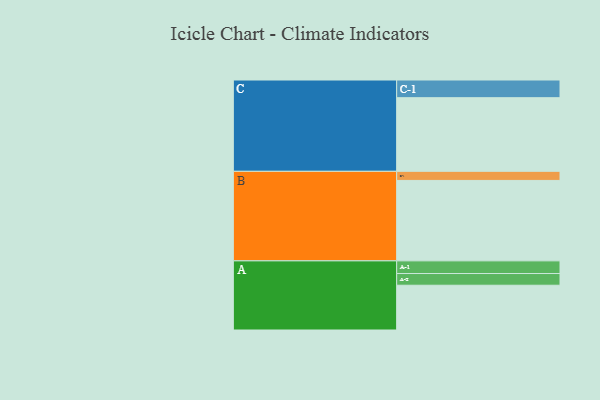
{"axis": {"x": "Segment", "y": "Value"}, "legend": ["", "A", "B", "C"], "data": [{"x": "A", "y": 329, "type": ""}, {"x": "B", "y": 591, "type": ""}, {"x": "C", "y": 541, "type": ""}, {"x": "A-1", "y": 93, "type": "A"}, {"x": "A-2", "y": 86, "type": "A"}, {"x": "B-1", "y": 67, "type": "B"}, {"x": "C-1", "y": 130, "type": "C"}]}